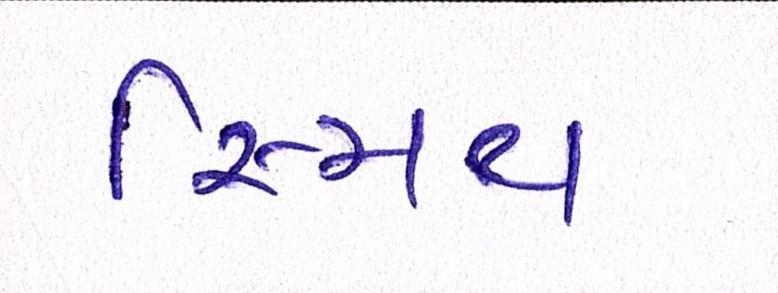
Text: સ્મિથ